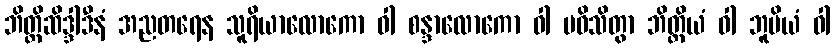
ဘိတ္တိဆိဒ္ဒါဒီနံ အညတရေန သူရိယာလောကော ဝါ စန္ဒာလောကော ဝါ ပဝိသိတွာ ဘိတ္တိယံ ဝါ ဘူမိယံ ဝါ